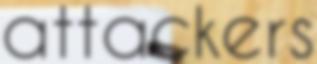
attackers